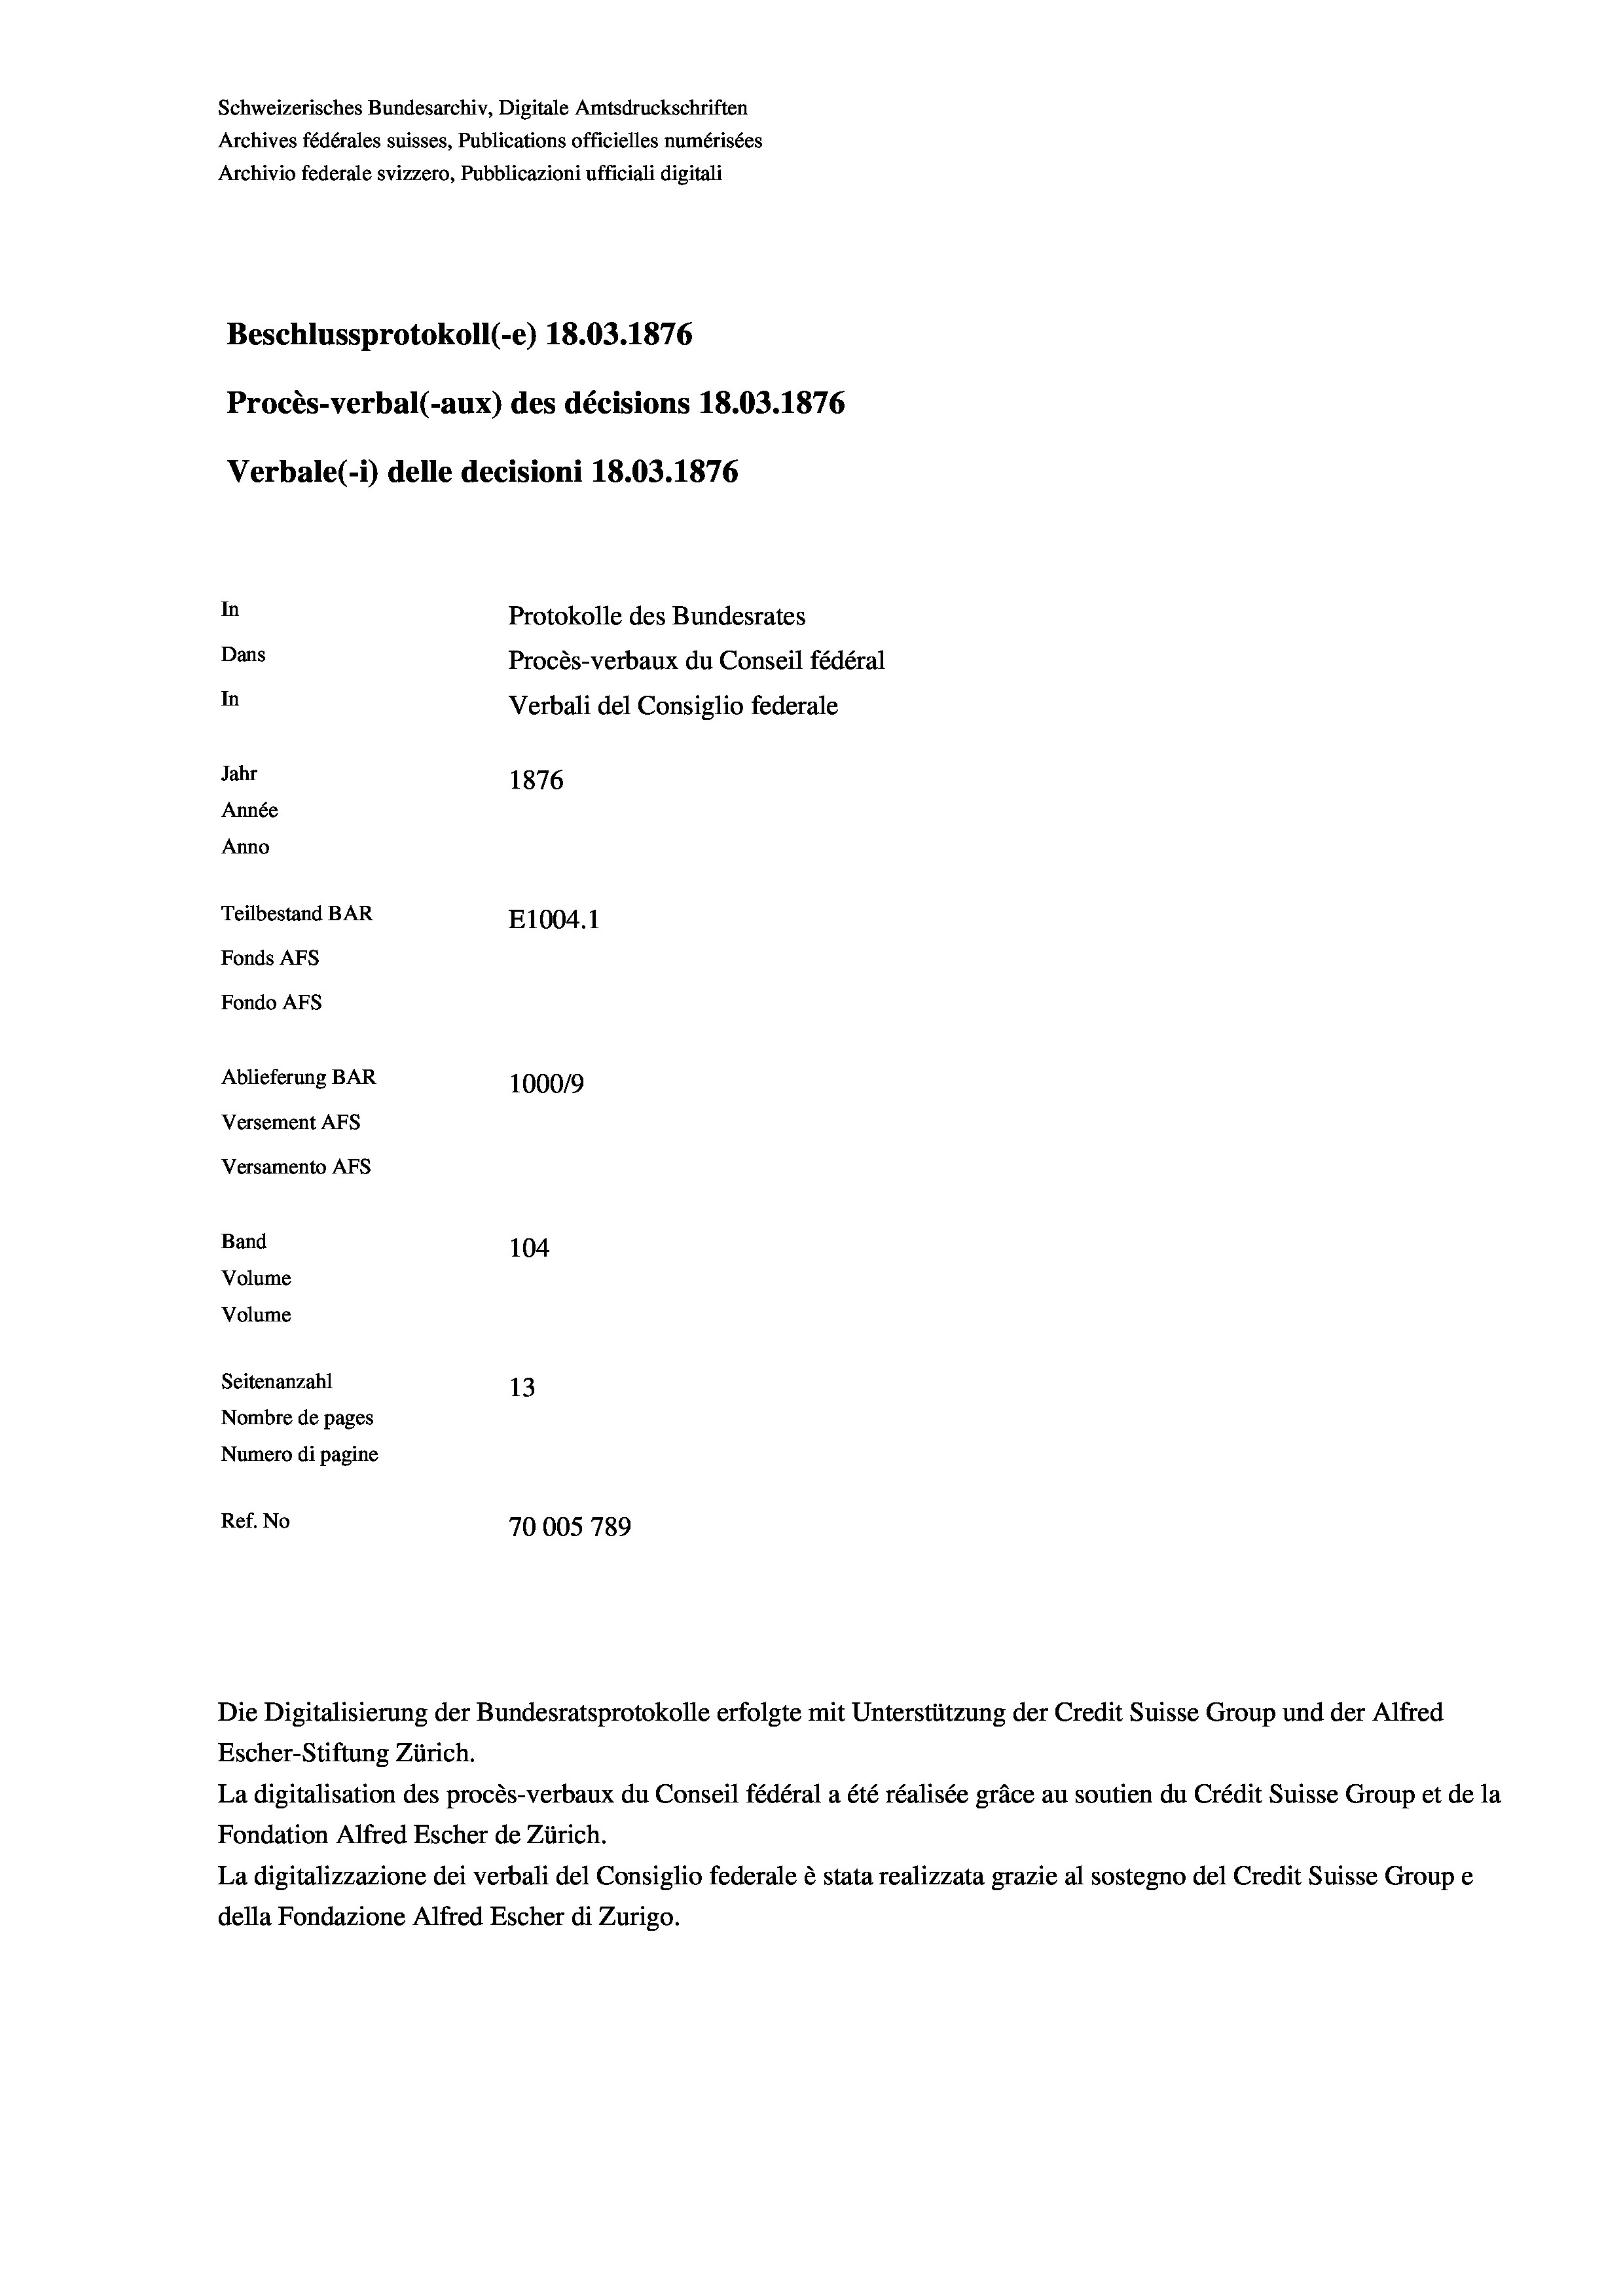
Schweizerisches Bundesarchiv, Digitale Amtsdruckschriften
Archives fédérales suisses, Publications officielles numérisées
Archivio federale svizzero, Pubblicazioni ufficiali digitali
Beschlussprotokoll (-e) 18.03. 1876
Procès-verbal (-aux) des décisions 18.03. 1876
Verbale (1) delle decisioni 18.03. 1876
In
Protokolle des Bundesrates
Dans
Procès-verbaux du Conseil fédéral
In
Verbali del Consiglio federale
Jahr
1876
Année
Anno
Teilbestand BAR
E1004.1
Fonds AFs
Fondo AFs
Ablieferung BAR
1000/9
Versement AFS
Versamento Afs
Band
104
Volume
Volume

Seitenanzahl
13
Nombre de pages
Numero di pagine
Ref. No
70005 789

Escher-Stiftung Zürich.
La digitalisation des procès-verbaux du Conseil fédéral a été réalisée gräce au soutien du Crédit Suisse Group et de la
Fondation Alfred Escher de Zürich.
La digitalizzazione dei verbali del Consiglio federale è stata realizzata grazie al sostegno del Credit Suisse Groupe
della Fondazione Alfred Escher di Zurigo.

Die Digitalisierung der Bundesratsprotokolle erfolgte mit Unterstützung der Credit Suisse Group und der Alfred